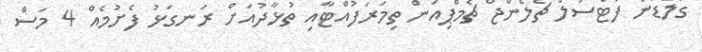
ގޯލްޑަން ފުޓްސަލް ޗެލެންޖް ޗެމްޕިއަން ތިމަރަފުއްޓާއި ތުޅާދުއަށް ރަނގަޅު ފެށުމެއް 4 މަސް